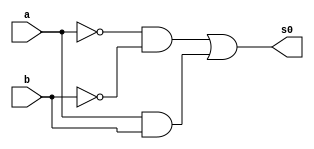
 // ------------------------- 
// Exemplo0027 - C_Igual_Dif 
// Nome: Lucas Cardoso 
// ------------------------- 
// ------------------------- 
// C_Igual_Dif
// ------------------------- 
module C_Igual (output s0,
input a, 
input b);
wire n,m,o,w;
not NOT1 (n,a);
not NOT2 (m,b);
and AND1 (o,n,m);
and AND2 (w,a,b);
or OR1 (s0,o,w);
endmodule//C_Igual

module C_Dif (output s0,
input a, 
input b);
wire n,m,o,w;
not NOT1 (n,a);
not NOT2 (m,b);
and AND1 (o,n,b);
and AND2 (w,a,m);
or OR1 (s0,o,w);
endmodule//C_Dif

module MUX (output d,
input a,
input b, 
input CH);
wire N1,h1,h0;
not NOT1(n1,CH);
and AND1(h0,a,N1);
and AND2(h1,b,CH);
or OR1 (d,h0,h1);
endmodule//MUX

module Prin (output s,
input x1,
input y1,
input CH);
wire temp1,temp2;
C_Igual CI1(temp1,x1,y1);
C_Dif CD1(temp2,x1,y1);
MUX MUX1 (s,temp2,temp1,CH);
endmodule//Prin

module testPrin;
// ------------------------- definir dados 
reg  x;
reg  y;
reg ch; 
Prin modulo ( s, x, y,ch);
// ------------------------- parte principal 
initial begin 
$display("Exemplo0027 - Lucas Cardoso - 441694"); 
$display("Test AU's module"); 
x ='b0; y = 'b0;ch = 'b0;  
// projetar testes do modulo 
$display("\na b CH s");
#1 $monitor("%b %b %b %b",x,y,ch,s);
#1 x='b0;y ='b1;ch = 'b0;  
#1 x='b1;y ='b0;ch = 'b0;
#1 x='b1;y ='b1;ch = 'b0; 

#1 x='b0;y ='b0;ch = 'b1;
#1 x='b0;y ='b1;ch = 'b1;  
#1 x='b1;y ='b0;ch = 'b1;
#1 x='b1;y ='b1;ch = 'b1; 

end 
endmodule // test